Civil Veterinary Dept. North-West Frontier Province 1901-22 - 1901-1922
Year: 1901
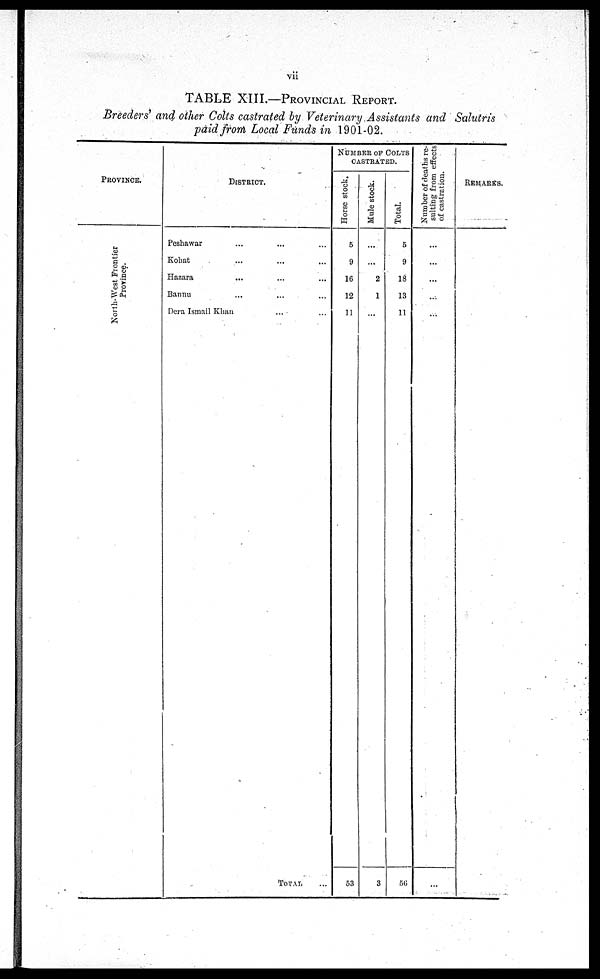
vii
TABLE XIII.—PROVINCIAL REPORT.
Breeders' and other Colts castrated by Veterinary Assistants and Salutris
paid from Local Funds in 1901-02.
PROVINCE.
North-West Fr ont i
er
Pr ovi nce.
DISTRICT.
Peshawar ... ... ...
Kohat ... ... ..
Hazara
... ... ...
Bannu ... ... ...
Dera Ismail Khan ... ...
TOTAL ...
NUMBER OF COLTS
CASTRATED.
Horse stock.
5
9
16
12
11
53
Mule stock.
...
...
2
1
...
3
Total.
5
9
18
13
11
56
Number of deaths re-
sulting from effects
of castration.
...
...
...
...
...
...
REMARKS.